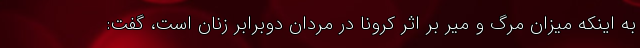
به اینکه میزان مرگ و میر بر اثر کرونا در مردان دوبرابر زنان است، گفت: